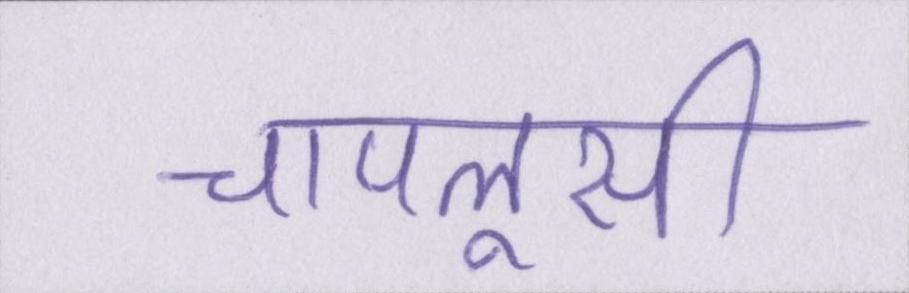
चापलूसी